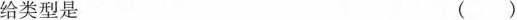
给类型是 ()